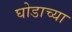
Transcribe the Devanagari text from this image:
घोडाच्या